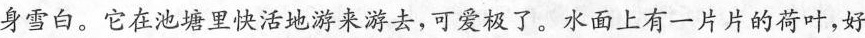
身雪白。它在池塘里快活地游来游去，可爱极了。水面上有一片片的荷叶，好